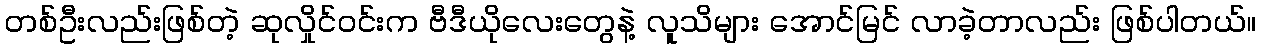
တစ်ဦးလည်းဖြစ်တဲ့ ဆုလှိုင်ဝင်းက ဗီဒီယိုလေးတွေနဲ့ လူသိများ အောင်မြင် လာခဲ့တာလည်း ဖြစ်ပါတယ်။